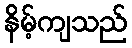
နိမ့်ကျသည်